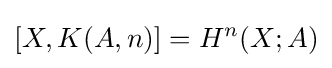
[X,K(A,n)]=H^{n}(X;A)